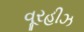
વૂરહીઝ